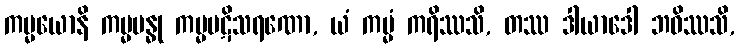
ကမ္မယောနိ ကမ္မဗန္ဓု ကမ္မပဋိသရဏော, ယံ ကမ္မံ ကရိဿသိ, တဿ ဒါယာဒေါ ဘဝိဿသိ,